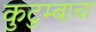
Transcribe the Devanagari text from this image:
कुटुम्बाचा